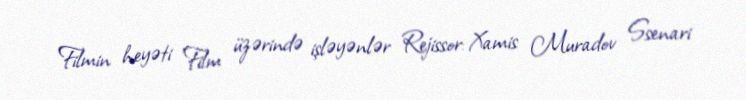
Filmin heyəti Film üzərində işləyənlər Rejissor: Xamis Muradov Ssenari